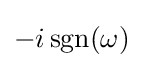
-i\operatorname {sgn} (\omega )